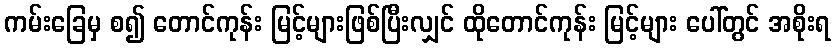
ကမ်းခြေမှ စ၍ တောင်ကုန်း မြင့်များဖြစ်ပြီးလျှင် ထိုတောင်ကုန်း မြင့်များ ပေါ်တွင် အစိုးရ